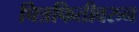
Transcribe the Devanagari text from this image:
चित्रफितीवरुन